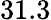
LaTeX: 31.3